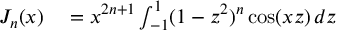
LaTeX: \begin{array} { r l } { J _ { n } ( x ) } & { { } = x ^ { 2 n + 1 } \int _ { - 1 } ^ { 1 } ( 1 - z ^ { 2 } ) ^ { n } \cos ( x z ) \, d z } \end{array}